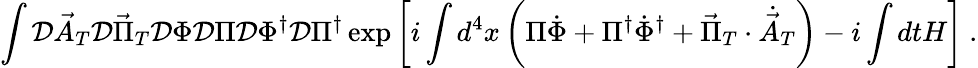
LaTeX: \int{\cal D}{\vec{A}}_{T}{\cal D}{\vec{\Pi}}_{T}{\cal D}\Phi{\cal D}\Pi{\cal D}\Phi^{\dagger}{\cal D}\Pi^{\dagger}\exp\left[i\int d^{4}x\left(\Pi\dot{\Phi}+\Pi^{\dagger}\dot{\Phi}^{\dagger}+{\vec{\Pi}}_{T}\cdot\dot{{\vec{A}}}_{T}\right)-i\int dtH\right]~.